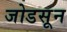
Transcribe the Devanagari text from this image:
जोडसून